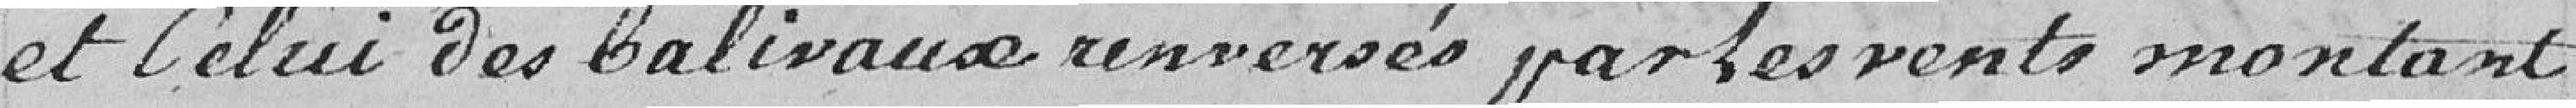
et Celui des balivaux renversés par les vents montant